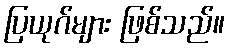
ပြယုဂ်များ ဖြစ်သည်။